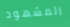
المشهود